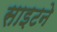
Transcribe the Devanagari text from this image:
साइटने